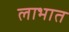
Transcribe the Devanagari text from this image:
लाभात